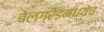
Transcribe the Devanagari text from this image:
बेलग्रेडमध्येच